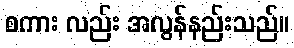
စကား လည်း အလွန်နည်းသည်။